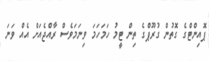
ޕޮއިންޓްގެ ގޮތުން ގުރޫޕްގެ ތިން ޓީމު ހަމަހަމަ ވިނަމަވެސް ރާއްޖެއަށް އެއް ވަނަ